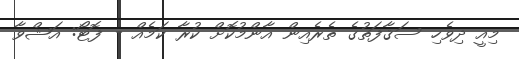
މިއީ ދިވެހި ސަޤާފަތުގެ ތެރެއިން އާންމުކޮށް ކުރާ ކަމެއް - ފޮޓޯ: އަޝްވާ